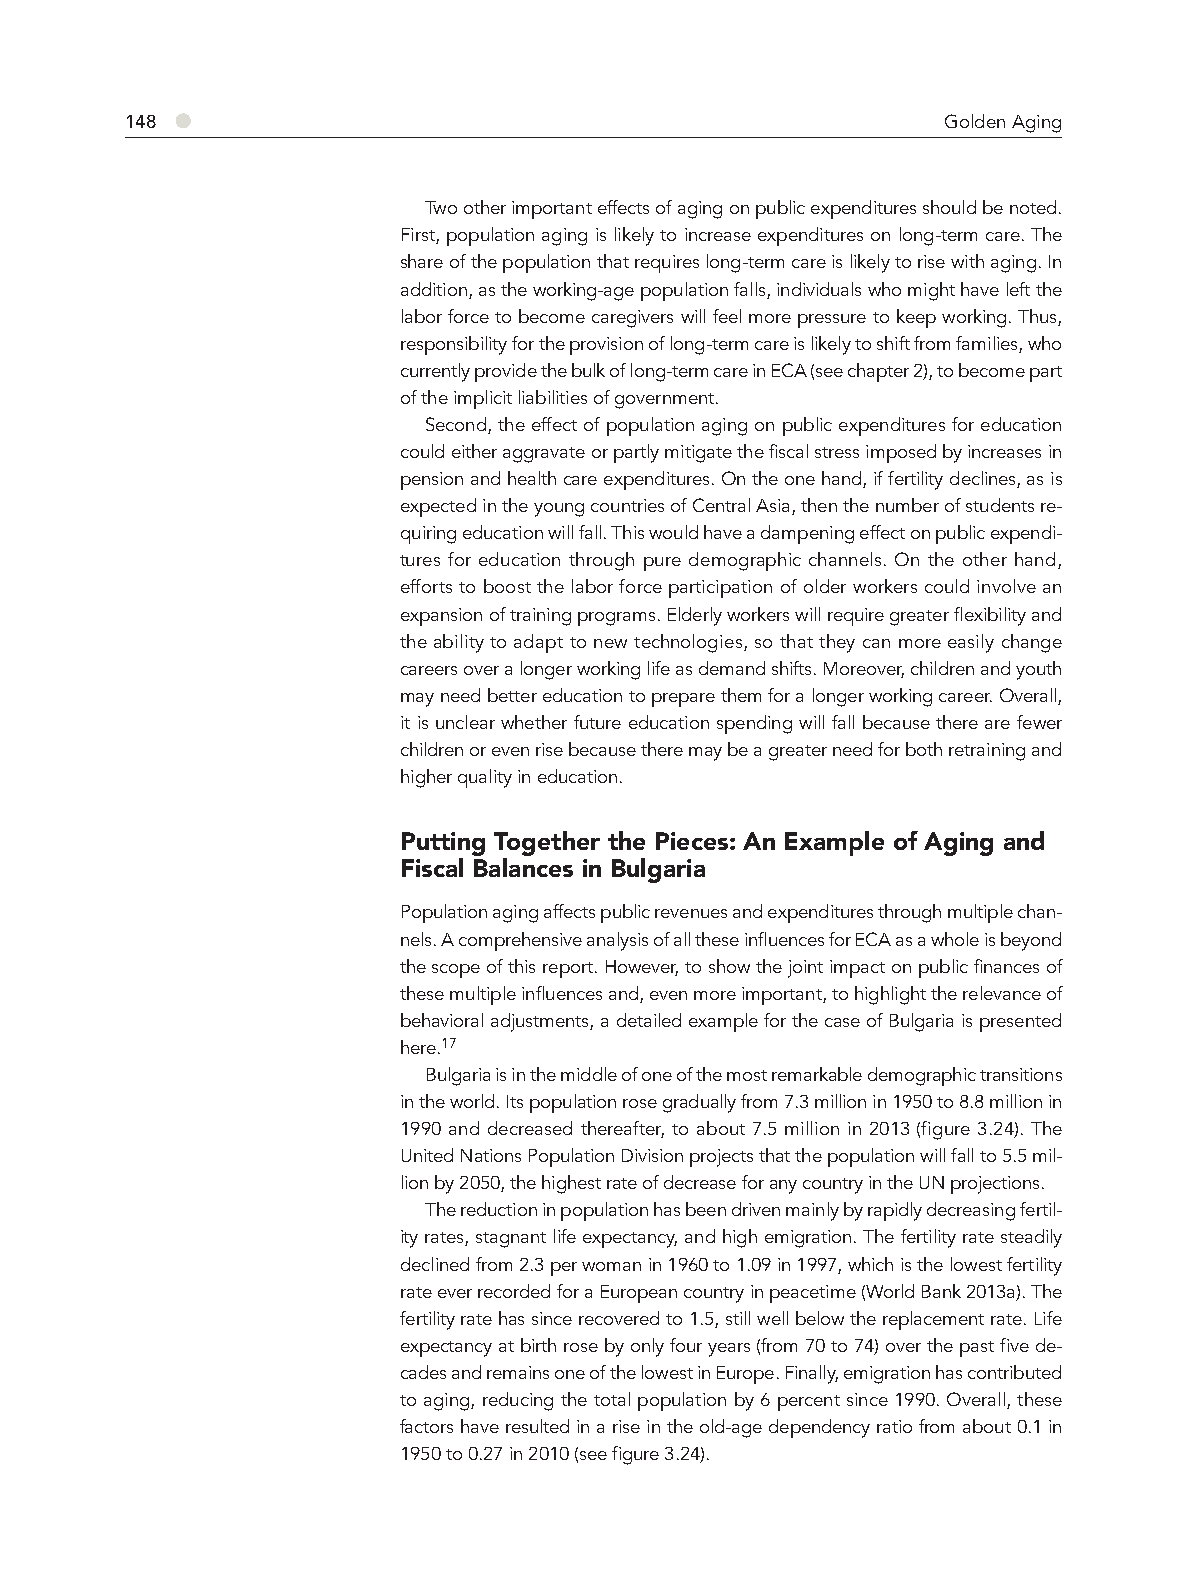
●
 148                                                    Golden Aging
 Two other important effects of aging on public expenditures should be noted.
 First, population aging is likely to increase expenditures on long-term care. The
 share of the population that requires long-term care is likely to rise with aging. In
 addition, as the working-age population falls, individuals who might have left the
 labor force to become caregivers will feel more pressure to keep working. Thus,
 responsibility for the provision of long-term care is likely to shift from families, who
 currently provide the bulk of long-term care in ECA (see chapter 2), to become part
 of the implicit liabilities of government.
 Second, the effect of population aging on public expenditures for education
 could either aggravate or partly mitigate the fiscal stress imposed by increases in
 pension and health care expenditures. On the one hand, if fertility declines, as is
 expected in the young countries of Central Asia, then the number of students re-
 quiring education will fall. This would have a dampening effect on public expendi-
 tures for education through pure demographic channels. On the other hand,
 efforts to boost the labor force participation of older workers could involve an
 expansion of training programs. Elderly workers will require greater flexibility and
 the ability to adapt to new technologies, so that they can more easily change
 careers over a longer working life as demand shifts. Moreover, children and youth
 may need better education to prepare them for a longer working career. Overall,
 it is unclear whether future education spending will fall because there are fewer
 children or even rise because there may be a greater need for both retraining and
 higher quality in education.
 Putting Together the Pieces: An Example of Aging and
 Fiscal Balances in Bulgaria
 Population aging affects public revenues and expenditures through multiple chan-
 nels. A comprehensive analysis of all these influences for ECA as a whole is beyond
 the scope of this report. However, to show the joint impact on public finances of
 these multiple influences and, even more important, to highlight the relevance of
 behavioral adjustments, a detailed example for the case of Bulgaria is presented
 here.17
 Bulgaria is in the middle of one of the most remarkable demographic transitions
 in the world. Its population rose gradually from 7.3 million in 1950 to 8.8 million in
 1990 and decreased thereafter, to about 7.5 million in 2013 (figure 3.24). The
 United Nations Population Division projects that the population will fall to 5.5 mil-
 lion by 2050, the highest rate of decrease for any country in the UN projections.
 The reduction in population has been driven mainly by rapidly decreasing fertil-
 ity rates, stagnant life expectancy, and high emigration. The fertility rate steadily
 declined from 2.3 per woman in 1960 to 1.09 in 1997, which is the lowest fertility
 rate ever recorded for a European country in peacetime (World Bank 2013a). The
 fertility rate has since recovered to 1.5, still well below the replacement rate. Life
 expectancy at birth rose by only four years (from 70 to 74) over the past five de-
 cades and remains one of the lowest in Europe. Finally, emigration has contributed
 to aging, reducing the total population by 6 percent since 1990. Overall, these
 factors have resulted in a rise in the old-age dependency ratio from about 0.1 in
 1950 to 0.27 in 2010 (see figure 3.24).